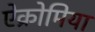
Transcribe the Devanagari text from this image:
ऐक्रोमिया